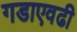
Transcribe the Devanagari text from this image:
गडाएवढी